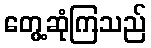
တွေ့ဆုံကြသည်